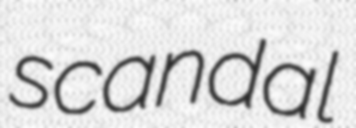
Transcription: scandal